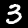
Label: 3